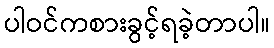
ပါဝင်ကစားခွင့်ရခဲ့တာပါ။